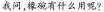
我问,橡碗有什么用呢?